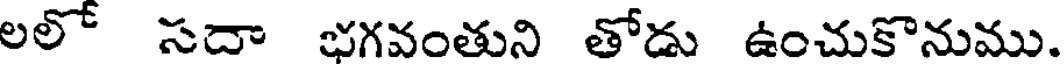
లలో సదా భగవంతుని తోడు ఉంచుకొనుము.